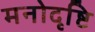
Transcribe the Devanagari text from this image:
मनोदृष्टि